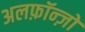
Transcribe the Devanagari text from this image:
अलफ़ॉन्ज़ो